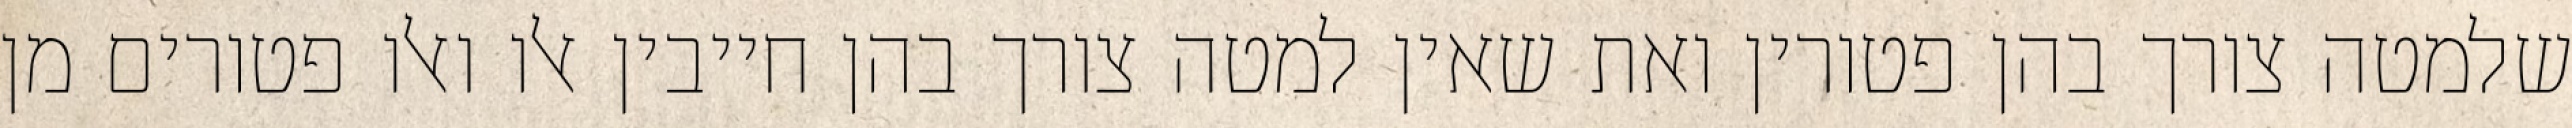
שלמטה צורך בהן פטורין ואת שאין למטה צורך בהן חייבין אלו ואלו פטורים מן